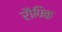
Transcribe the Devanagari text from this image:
रौपिक